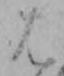
は